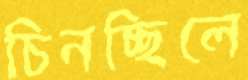
চিনচ্ছিলে